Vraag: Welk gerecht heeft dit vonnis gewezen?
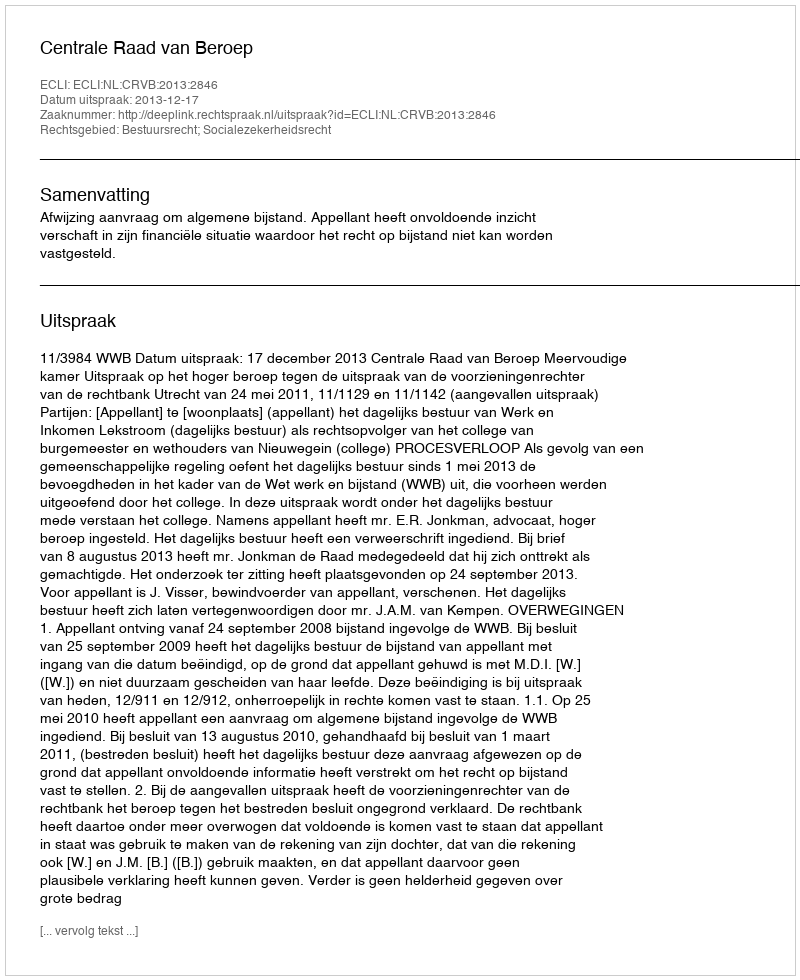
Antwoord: Centrale Raad van Beroep